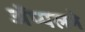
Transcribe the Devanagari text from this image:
ॲप्पलने